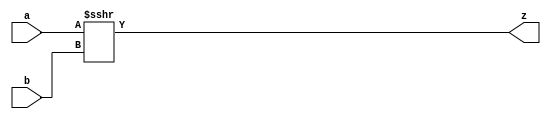
// -----------------------------------------------------------
//	Module:		32-Bit Arithemtic Right Shift
//	Contact:	gabriel23@up.edu
// ----------------------------------------------------------

module shift_right_sign_extension(z, a, b);

input signed [31:0] a;
input  [31:0] b;
output [31:0] z;

assign z = a >>> b;

endmodule